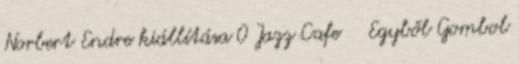
Norbert Endre kiállítása 0 Jazz Cafe Egyből Gombol